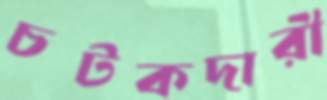
চটকদারী